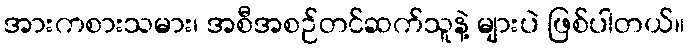
အားကစားသမား၊ အစီအစဉ်တင်ဆက်သူနဲ့ များပဲ ဖြစ်ပါတယ်။